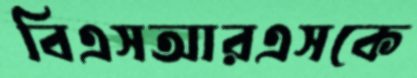
বিএসআরএসকে